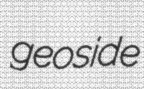
geoside